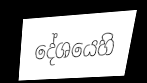
දේශයෙහි